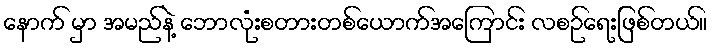
နောက် မှာ အမည်နဲ့ ဘောလုံးစတားတစ်ယောက်အကြောင်း လစဉ်ရေးဖြစ်တယ်။